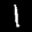
Label: 1